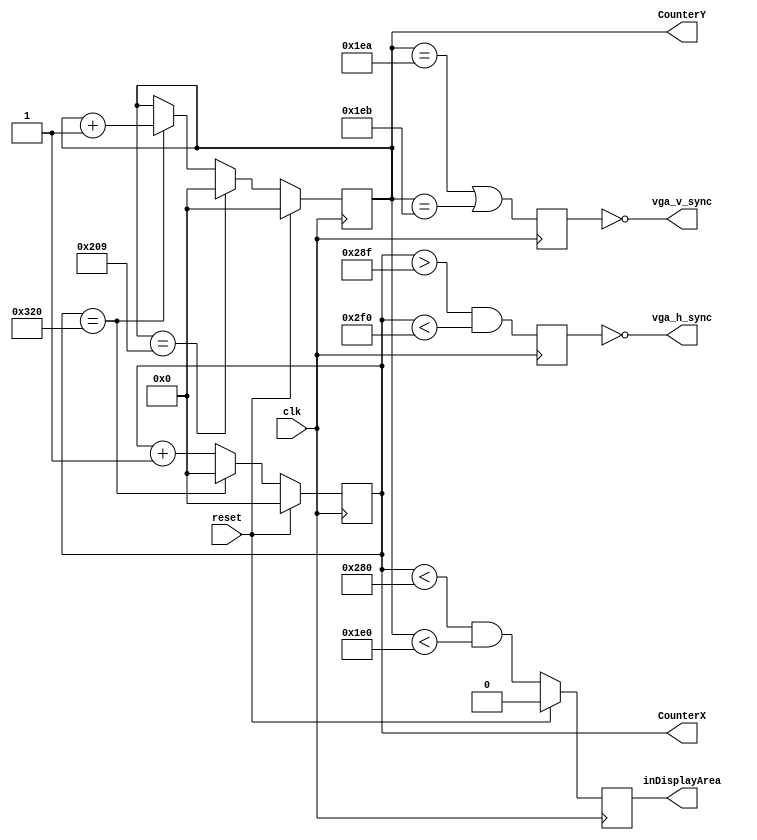
///////////////////
// File Name:   VGA Tutorial
// Course   :   EE201 
///////////////////
// timing diagram for the horizontal synch signal (HS)
// 0                       655    752           800 (pixels)
// -------------------------|______|-----------------
// timing diagram for the vertical synch signal (VS)
// 0                                 490    491  525 (lines)
// -----------------------------------|______|-------

module hvsync_generator(clk, reset,vga_h_sync, vga_v_sync, inDisplayArea, CounterX, CounterY);
input clk;
input reset;
output vga_h_sync, vga_v_sync;
output inDisplayArea;
output [9:0] CounterX;
output [9:0] CounterY;

//////////////////////////////////////////////////
reg [9:0] CounterX;
reg [9:0] CounterY;
reg	vga_HS, vga_VS;
reg inDisplayArea;
//increment column counter
always @(posedge clk)
begin
   if(reset)
      CounterX <= 0;
   else if(CounterX==10'h320)
	   CounterX <= 0;
   else
	   CounterX <= CounterX +1;
end
//increment row counter
always @(posedge clk)
begin
   if(reset)
      CounterY<=0; 
   else if(CounterY==10'h209)    //521
      CounterY<=0;
   else if(CounterX==10'h320)    //800
      CounterY <= CounterY + 1;
end
//generate synchronization signal for both vertical and horizontal
always @(posedge clk)
begin
	vga_HS <= (CounterX>655 && CounterX<752); // change this value to move the display horizontally
	vga_VS <= (CounterY==490 ||CounterY==491); // change this value to move the display vertically
end 


always @(posedge clk)
   if(reset)
      inDisplayArea<=0;
   else
	   inDisplayArea <= (CounterX<640) && (CounterY<480);
	
assign vga_h_sync = ~vga_HS;
assign vga_v_sync = ~vga_VS;

endmodule